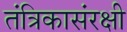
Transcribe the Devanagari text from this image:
तंत्रिकासंरक्षी